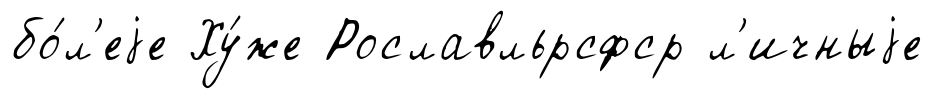
бо́л'еjе Ху́же Рославльрсфср л'ичныjе